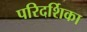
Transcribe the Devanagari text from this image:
परिदर्शिका